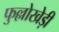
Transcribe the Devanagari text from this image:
फुल्लोखेड़ी